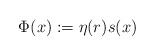
LaTeX: \begin{align*}\Phi(x):=\eta(r)s(x)\end{align*}